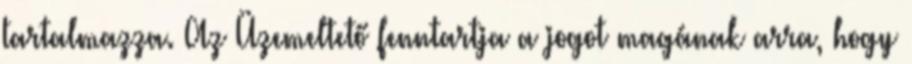
tartalmazza. Az Üzemeltető fenntartja a jogot magának arra, hogy